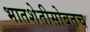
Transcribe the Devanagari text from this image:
भातशेतीसोबतच